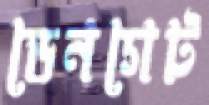
ডেনগেট